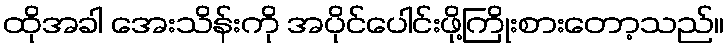
ထိုအခါ အေးသိန်းကို အပိုင်ပေါင်းဖို့ကြိုးစားတော့သည်။